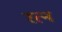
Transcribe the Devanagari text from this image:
रत्‍न